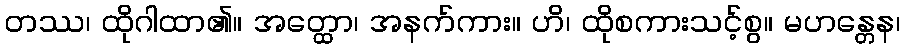
တဿ၊ ထိုဂါထာ၏။ အတ္ထော၊ အနက်ကား။ ဟိ၊ ထိုစကားသင့်စွ။ မဟန္တေန၊